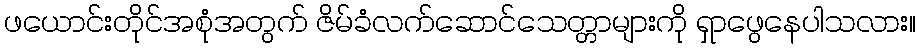
ဖယောင်းတိုင်အစုံအတွက် ဇိမ်ခံလက်ဆောင်သေတ္တာများကို ရှာဖွေနေပါသလား။